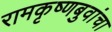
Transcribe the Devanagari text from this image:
रामकृष्णबुवांचा